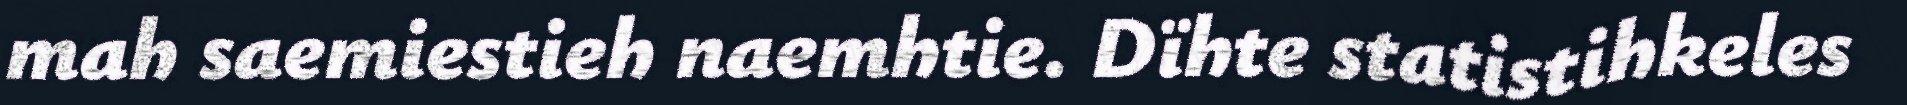
mah saemiestieh naemhtie. Dïhte statistihkeles